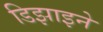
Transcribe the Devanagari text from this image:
डिझाइने